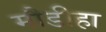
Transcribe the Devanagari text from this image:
मौडीहा